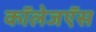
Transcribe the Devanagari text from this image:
कॉलेजऍस